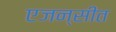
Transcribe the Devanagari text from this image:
एजन्सीत